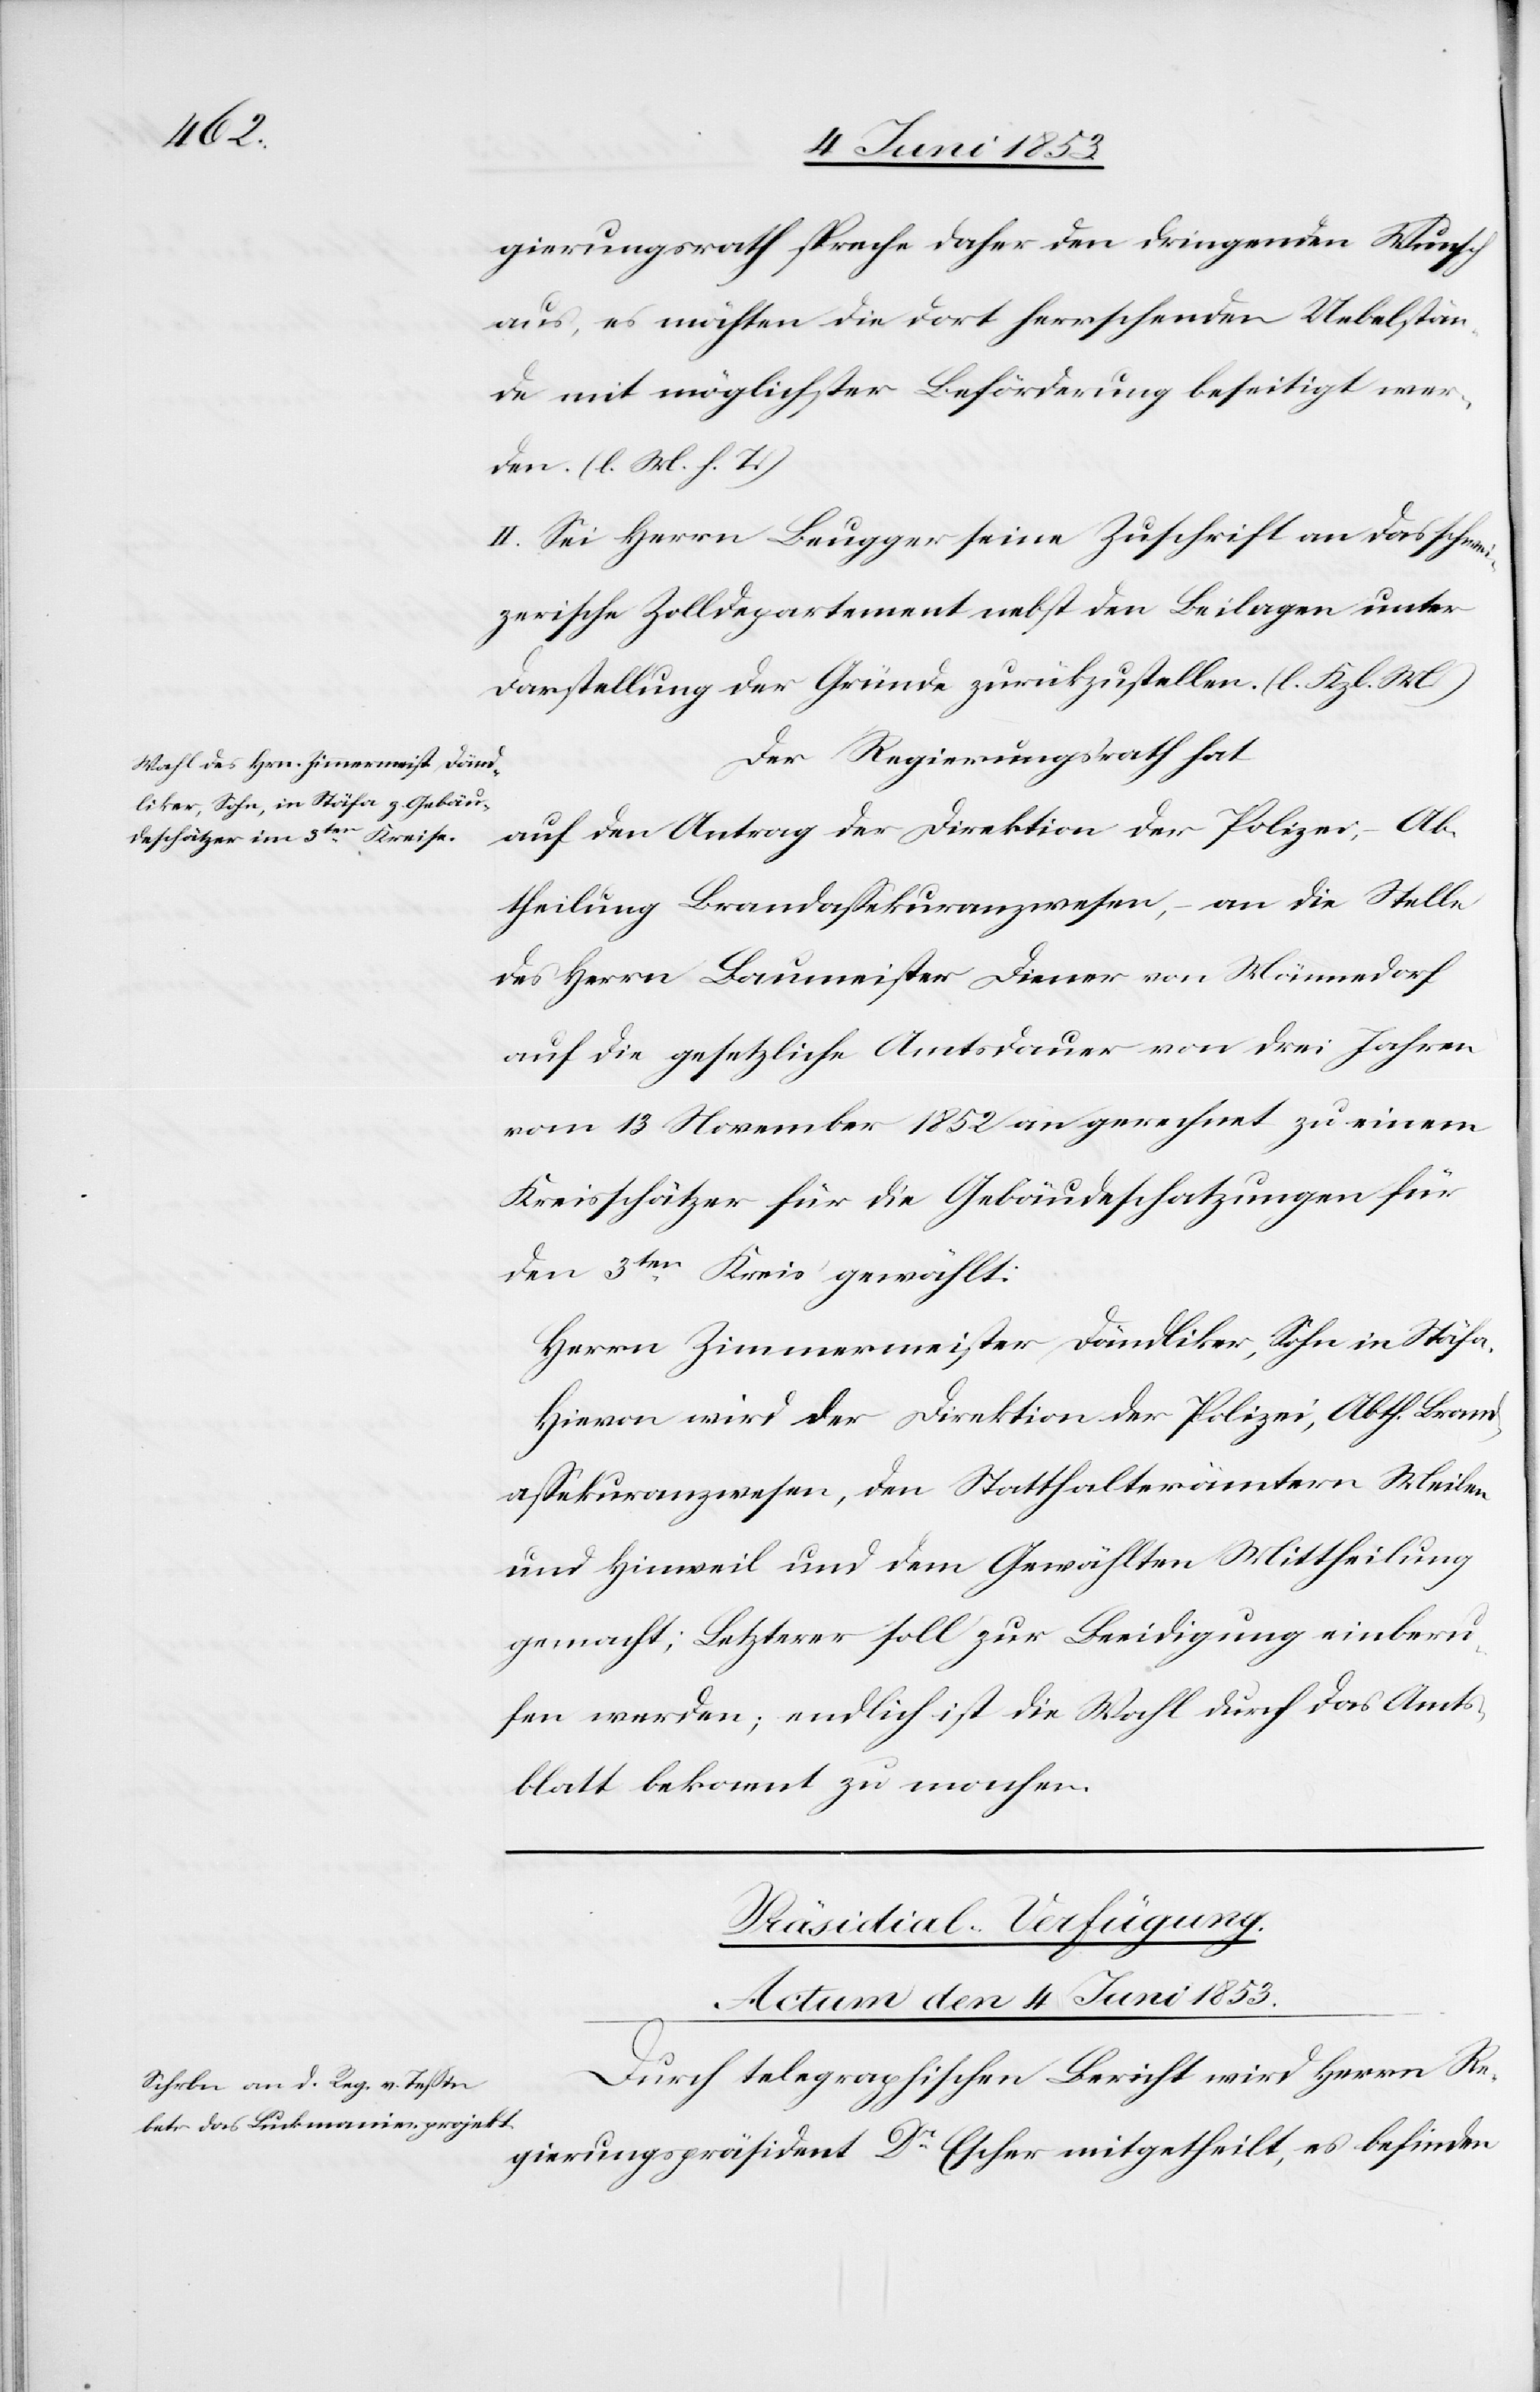
gierungsrath spreche daher den dringenden Wunsch
aus, es möchten die dort herrschenden Uebelstän¬
de mit möglichster Beförderung beseitigt wer¬
den. [l. M. h. T]
II. Sei Herrn Brugger seine Zuschrift an das schwei¬
zerische Zolldepartement nebst den Beilagen unter
Darstellung der Gründe zurückzustellen. [l. Kzl. M]
Der Regierungsrath hat
auf den Antrag der Direktion der Polizei-Ab¬
theilung Brandaßekuranzwesen, – an die Stelle
des Herrn Baumeister Diener von Männedorf
auf die gesetzliche Amtsdauer von drei Jahren
vom 13 November 1852 an gerechnet zu einem
Kreisschätzer für die Gebäudeschatzungen für
den 3ten. Kreis gewählt:
Herrn Zimmermeister Dändliker, Sohn in Stäfa.
Hievon wird der Direktion der Polizei, Abth. Brand¬
aßekuranzwesen, den Statthalterämtern Meilen
und Hinweil und dem Gewählten Mittheilung
gemacht; Letzterer soll zur Beeidigung einberu¬
fen werden; endlich ist die Wahl durch das Amts¬
blatt bekannt zu machen.
Präsidial-Verfügung.
Actum den 4 Juni 1853.
Durch telegraphischen Bericht wird Herrn Re¬
gierungspräsident Dr. Escher mitgetheilt, es befinden